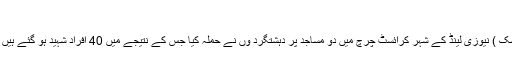
‘‘ نیوزی...
کرائسٹ چرچ (نیوز ڈیسک ) نیوزی لینڈ کے شہر کرائسٹ چرچ میں دو مساجد پر دہشتگرد وں نے حملہ کیا جس کے نتیجے میں 40 افراد شہید ہو گئے ہیں جبکہ متعدد زخمی ہیں ۔